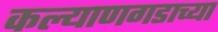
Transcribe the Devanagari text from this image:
कल्याणगडाच्या